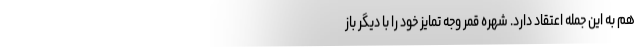
هم به این جمله اعتقاد دارد. شهره قمر وجه تمایز خود را با دیگر باز